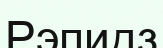
Рэпидз